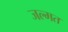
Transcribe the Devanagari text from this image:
जल्मत